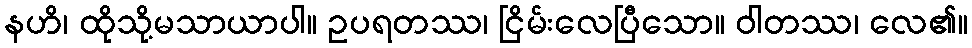
နဟိ၊ ထိုသို့မသာယာပါ။ ဥပရတဿ၊ ငြိမ်းလေပြီသော။ ဝါတဿ၊ လေ၏။